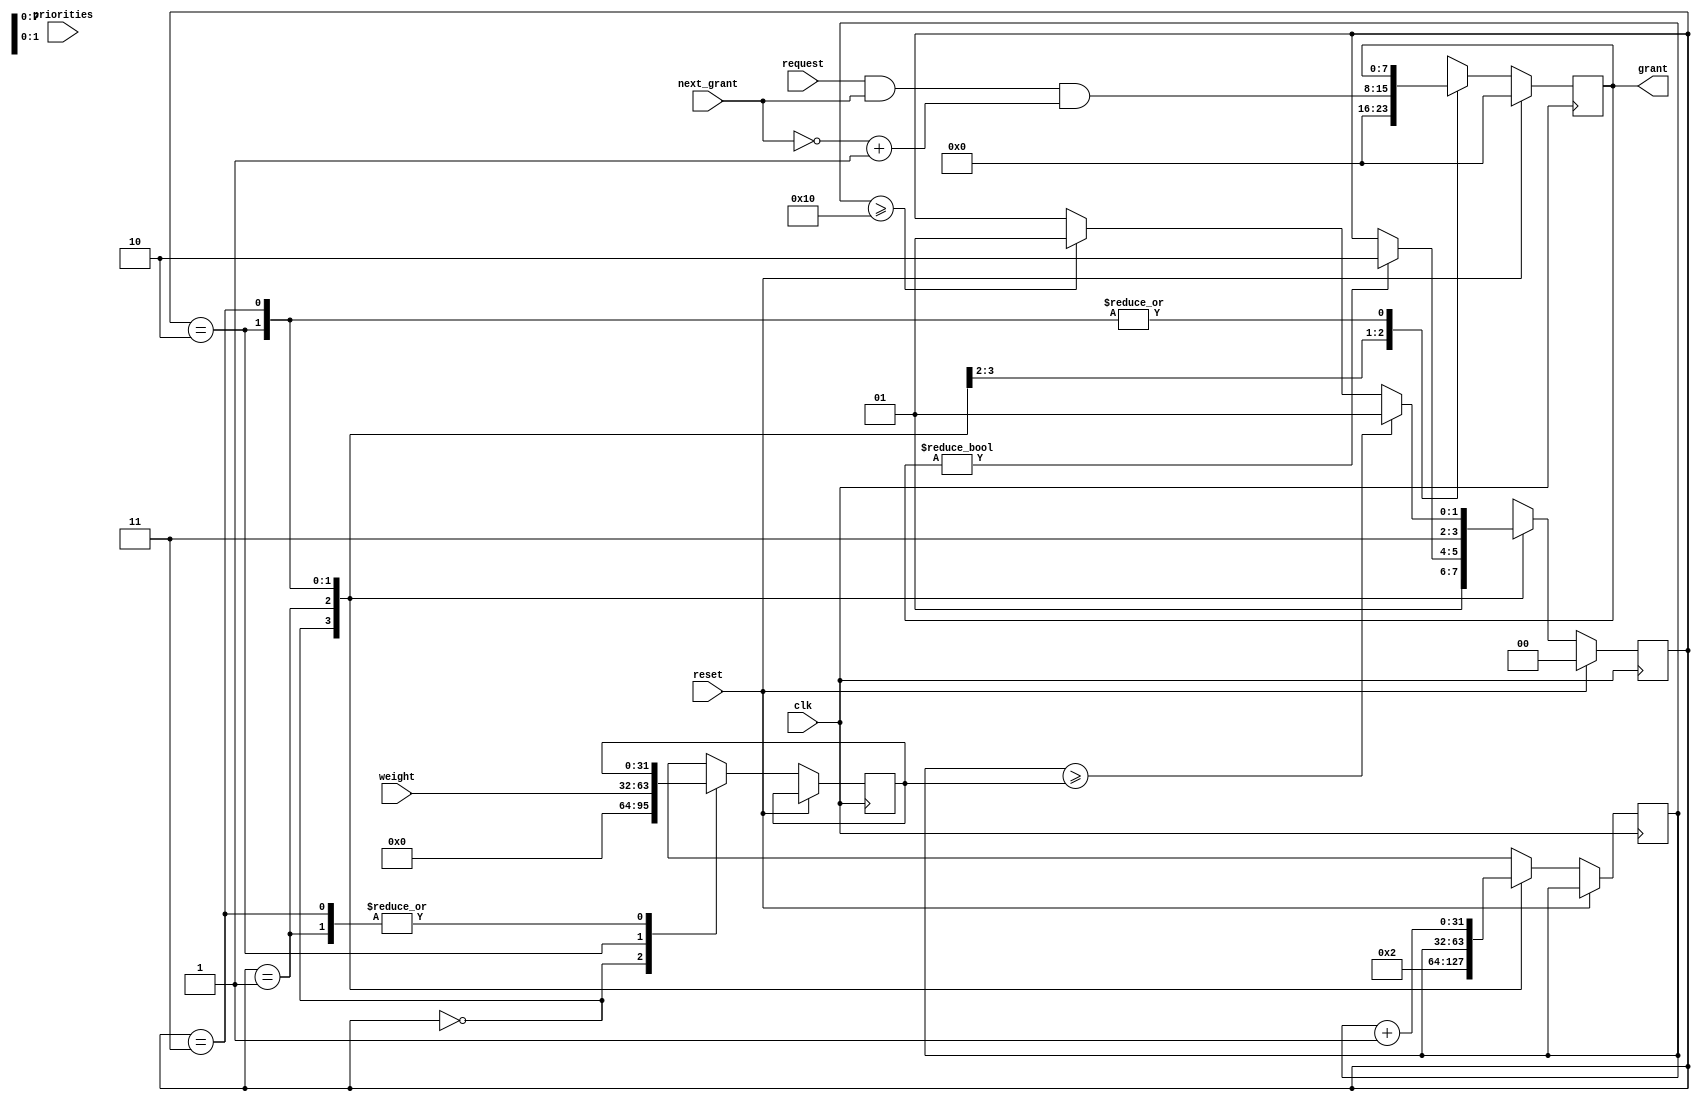
module grant_request(
    request,
    next_grant,
    clk,
    reset,
    grant,
    priorities,
    weight
);
    parameter channels=8;
    parameter width=32;
    parameter max_weight=16;

    input reset;
    input clk;

    input [channels-1:0] request;
    input [channels-1:0] next_grant;
    input [channels-1:0] priorities;
    input [width-1:0] weight;

    output reg [channels-1:0]grant;
    
    reg [1:0]state;
    reg [channels-1:0] blk_request;
    reg [width-1:0] blk_weight;
    reg [width-1:0] blk_counting;

    parameter Reset=2'b00;
    parameter Granting_process=2'b01;
    parameter get_weight=2'b10;
    parameter counting=2'b11;

    always @(posedge clk)
    begin
        if(reset)
        begin
            blk_request=0;
        end
        else
        begin
            blk_request=request;
        end
    end

    always @(posedge clk)
    begin
        if(reset)
        begin
            state<=Reset;
        end
        else
        begin
            case(state)
                Reset:
                begin
                    state<=Granting_process;
                end
                Granting_process:
                begin
                    if(grant!=0)
                    begin
                        state<=get_weight;
                    end
                    else
                    begin
                        state<=state;
                    end
                end
                get_weight:
                begin
                    state<=counting;
                end
                counting:
                begin
                    if(blk_counting>=blk_weight)
                    begin
                        state<=Granting_process;
                    end
                    else if(blk_counting>=max_weight)
                    begin
                        state<=Granting_process;
                    end
                    else
                    begin
                        state<=state;
                    end
                end
                default:
                begin
                    state<=Reset;
                end
            endcase;
        end
    end
    always @(posedge clk)
    begin
        if(reset)
        begin
            grant=0;
        end
        else
        begin
            case(state)
                Reset:
                begin
                    grant=0;
                    //grant=request*next_grant*((~next_grant)+1'b1);
                    blk_counting=0;
                    blk_weight=0;
                end
                Granting_process:
                begin
                    grant=request&next_grant&(~next_grant+1);

                    blk_counting=32'd2;
                end 
                get_weight:
                begin
                    blk_weight=weight;
                end
                counting:
                begin
                    blk_counting=blk_counting+1;
                    grant=grant;
                end
                default:
                begin
                    blk_counting=blk_counting;
                    grant=grant;
                end
            endcase;
        end
    end
endmodule